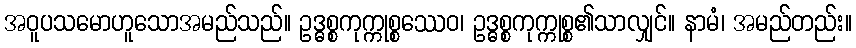
အဝူပသမောဟူသောအမည်သည်။ ဥဒ္ဓစ္စကုက္ကုစ္စဿေဝ၊ ဥဒ္ဓစ္စကုက္ကုစ္စ၏သာလျှင်။ နာမံ၊ အမည်တည်း။